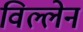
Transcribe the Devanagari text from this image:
विल्लेन